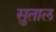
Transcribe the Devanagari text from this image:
सुताल